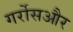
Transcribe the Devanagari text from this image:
गर्रोसऔर